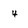
Character: 4